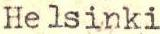
Helsinki